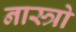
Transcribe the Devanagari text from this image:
नास्त्रो